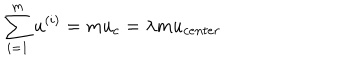
LaTeX: \sum _ { i = 1 } ^ { m } u ^ { ( i ) } = m u _ { c } = \lambda m u _ { c e n t e r }